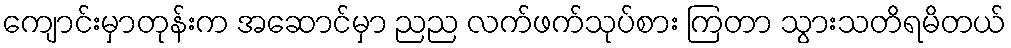
ကျောင်းမှာတုန်းက အဆောင်မှာ ညည လက်ဖက်သုပ်စား ကြတာ သွားသတိရမိတယ်